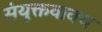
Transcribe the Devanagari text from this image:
संयुक्तवाक्य